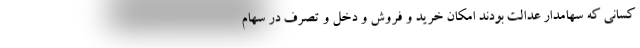
کسانی که سهامدار عدالت بودند امکان خرید و فروش و دخل و تصرف در سهام